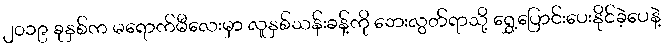
၂၀၁၉ ခုနှစ်က မရောက်မီလေးမှာ လူနှစ်သန်းခန့်ကို ဘေးလွတ်ရာသို့ ရွှေ့ပြောင်းပေးနိုင်ခဲ့ပေနဲ့